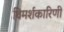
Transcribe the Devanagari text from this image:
विमर्शकारिणी